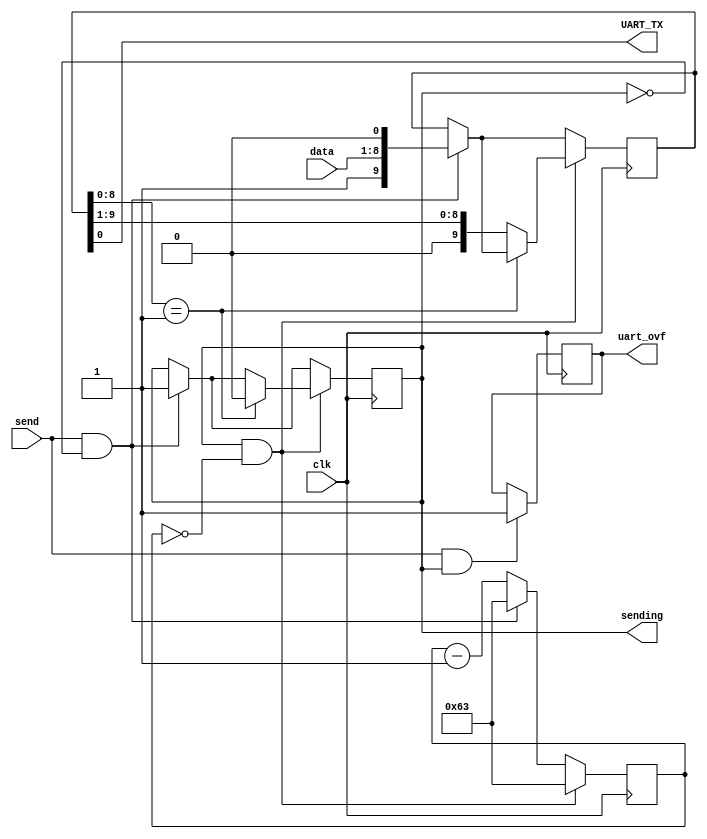
// Copyright (c) 2012-2013 Ludvig Strigeus
// This program is GPL Licensed. See COPYING for the full license.

module Rs232Tx(input clk, output UART_TX, input [7:0] data, input send, output reg uart_ovf, output reg sending);
  reg [9:0] sendbuf = 9'b000000001;
  //reg sending;
  reg [13:0] timeout;
  assign UART_TX = sendbuf[0];
 
  always @(posedge clk) begin
    if (send && sending)
      uart_ovf <= 1;
  
    if (send && !sending) begin
      sendbuf <= {1'b1, data, 1'b0};
      sending <= 1;
      timeout <= 100 - 1; // 115200
    end else begin
      timeout <= timeout - 1;
    end
    
    if (sending && timeout == 0) begin
      timeout <= 100 - 1; // 115200
      if (sendbuf[8:0] == 9'b000000001)
        sending <= 0;
      else
        sendbuf <= {1'b0, sendbuf[9:1]};
    end
  end
endmodule

module Rs232Rx(input clk, input UART_RX, output [7:0] data, output send);
  reg [8:0] recvbuf;
  reg [5:0] timeout = 10/2 - 1;
  reg recving;
  reg data_valid = 0;
  assign data = recvbuf[7:0];
  assign send = data_valid;
  always @(posedge clk) begin
    data_valid <= 0;
    timeout <= timeout - 6'd1;
    if (timeout == 0) begin
      timeout <= 10 - 1;
      recvbuf <= (recving ? {UART_RX, recvbuf[8:1]} : 9'b100000000);
      recving <= 1;
      if (recving && recvbuf[0]) begin
        recving <= 0;
        data_valid <= UART_RX;
      end
    end
    // Once we see a start bit we want to wait
    // another half period for it to become stable.
    if (!recving && UART_RX)
      timeout <= 10/2 - 1;
  end
endmodule

// Decodes incoming UART signals and demuxes them into addr/data lines.
// Packet Format: 
//   1 byte checksum | 1 byte address | 1 byte count | (count + 1) data bytes
module UartDemux(input clk, input RESET, input UART_RX, output reg [7:0] data, output reg [7:0] addr, output reg write, output reg checksum_error);
  wire [7:0] indata;
  wire       insend;
  Rs232Rx uart(clk, UART_RX, indata, insend);
  reg [1:0] state = 0;
  reg [7:0] cksum;
  reg [7:0] count;
  wire [7:0] new_cksum = cksum + indata;
  always @(posedge clk) if (RESET) begin
    write <= 0;
    state <= 0;
    count <= 0;
    cksum <= 0;
    addr <= 0;
    data <= 0;
    checksum_error <= 0;
  end else begin
    write <= 0;
    if (insend) begin
      cksum <= new_cksum;
      count <= count - 8'd1;
      if (state == 0) begin
        state <= 1;
        cksum <= indata;
      end else if (state == 1) begin
        addr <= indata;
        state <= 2;
      end else if (state == 2) begin
        count <= indata;
        state <= 3;
      end else begin
        data <= indata;
        write <= 1;
        if (count == 1) begin
          state <= 0;
          if (new_cksum != 0)
            checksum_error <= 1;
        end
      end
    end
  end
endmodule